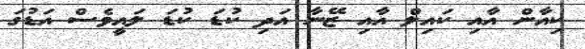
ކިއާން އާއި ކައިލް އާއި ޒޭނާ އަދި ކުޑަ ކުޑަ ލައީވެސް އަޑުގަ